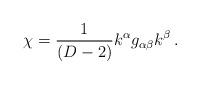
LaTeX: \begin{align*}\chi = \frac1{(D-2)}k^\alpha g_{\alpha\beta} k^\beta\, . \end{align*}